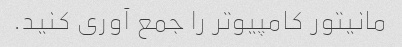
مانیتور کامپیوتر را جمع آوری کنید.